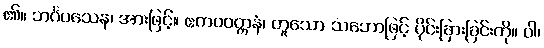
၏။ ဘင်္ဂဝသေန၊ အားဖြင့်။ ဧကဝဝတ္တနံ၊ တူသော သဘောဖြင့် ပိုင်းခြားခြင်းကို။ ဝါ၊